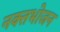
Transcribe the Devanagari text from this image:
नक्तभोजन